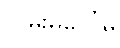
လမ်းမပေါ်မှ